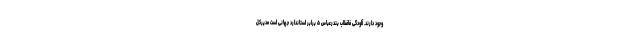
وجود دارند. آلودگی فاضلاب بندرعباس ۵ برابر استاندارد جهانی است مدیرکل